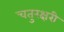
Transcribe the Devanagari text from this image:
चतुरक्षरी